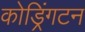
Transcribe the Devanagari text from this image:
कोड्रिंगटन